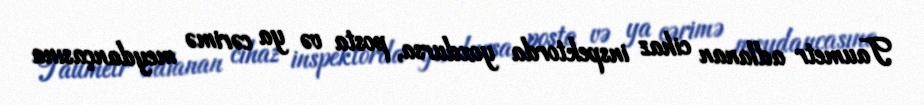
Taumetr adlanan cihaz inspektorda yoxdursa, posta və ya cərimə meydançasına